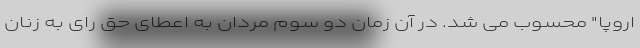
اروپا" محسوب می شد. در آن زمان دو سوم مردان به اعطای حق رای به زنان